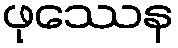
ဖုဿေန